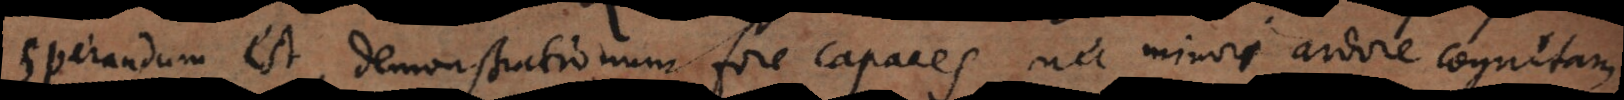
sperandum est, demonstrationum fore capaces, nec minori ardore cognitam